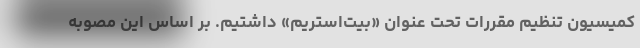
کمیسیون تنظیم مقررات تحت عنوان «بیت‌استریم» داشتیم. بر اساس این مصوبه